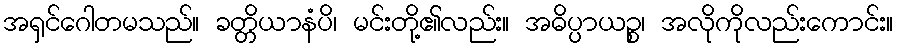
အရှင်ဂေါတမသည်။ ခတ္တိယာနံပိ၊ မင်းတို့၏လည်း။ အဓိပ္ပာယဉ္စ၊ အလိုကိုလည်းကောင်း။